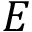
E